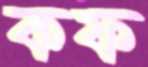
কফ